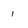
Character: 1